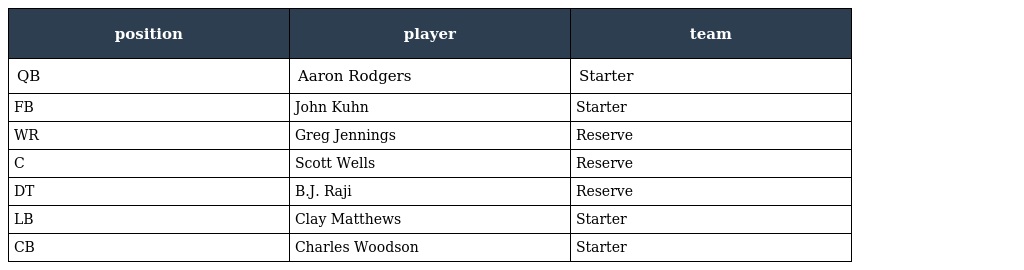
| position | player | team |
 | --- | --- | --- |
 | QB | Aaron Rodgers | Starter |
 | FB | John Kuhn | Starter |
 | WR | Greg Jennings | Reserve |
 | C | Scott Wells | Reserve |
 | DT | B.J. Raji | Reserve |
 | LB | Clay Matthews | Starter |
 | CB | Charles Woodson | Starter |